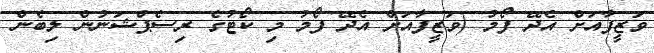
ވަޒީފާއަށް އެދޭ ފޯމު (ވަޒީފާއަށް އެދޭ ފޯމު މި ކޯޓުގެ ރިސެޕްޝަނުން ލިބެން